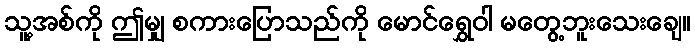
သူ့အစ်ကို ဤမျှ စကားပြောသည်ကို မောင်ရွှေဝါ မတွေ့ဘူးသေးချေ။